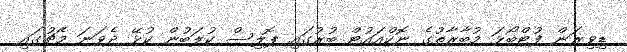
ޑިވިޜަން ފުޓްބޯޅަ މުބާރާތުގެ ނޮކްއައުޓް ބުރުގައި ޕޮލިސް ކުލަބުން ކުޅޭ ދެވަނަ މެޗުގައި